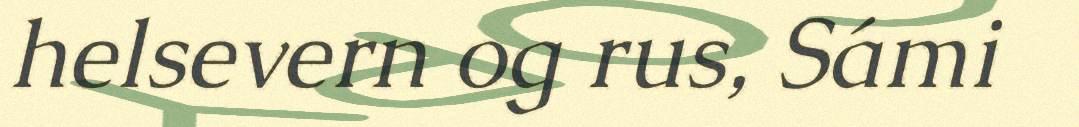
helsevern og rus, Sámi